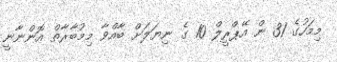
މިމަހުގެ 31 ން އޭޕްރީލް 10 ގެ ނިޔަލަށް ބާއްވާ މިމުބާރާތް އޮންނާނީ